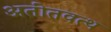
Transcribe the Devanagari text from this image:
अतीतवत्थ